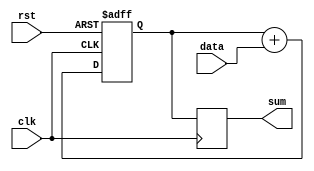
module accumulator(
    input wire clk,   // Clock input
    input wire rst,   // Reset input
    input wire data,  // Input data to be accumulated
    output reg [31:0] sum // Accumulated sum output
);

reg [31:0] temp_sum; // Temporary sum register

always @(posedge clk or posedge rst)
begin
    if (rst)
        temp_sum <= 32'h0; // Reset temporary sum
    else
        temp_sum <= temp_sum + data; // Add input data to temporary sum
end

always @(posedge clk)
begin
    sum <= temp_sum; // Store updated sum back into accumulator register
end

endmodule